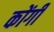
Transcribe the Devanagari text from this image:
कोंगी